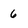
Character: 6